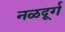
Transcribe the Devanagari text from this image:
नळदूर्ग